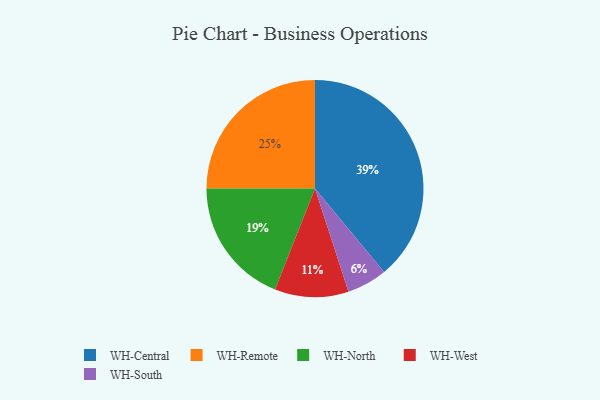
{"axis": {"x": "Category", "y": "Percentage"}, "legend": ["WH-Central", "WH-North", "WH-Remote", "WH-South", "WH-West"], "data": [{"x": "WH-North", "y": 19, "type": "WH-North"}, {"x": "WH-West", "y": 11, "type": "WH-West"}, {"x": "WH-South", "y": 6, "type": "WH-South"}, {"x": "WH-Remote", "y": 25, "type": "WH-Remote"}, {"x": "WH-Central", "y": 39, "type": "WH-Central"}]}